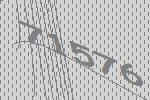
71576